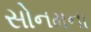
સોનમના